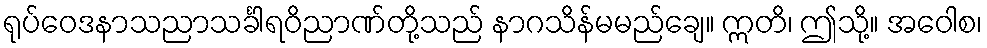
ရုပ်ဝေဒနာသညာသင်္ခါရဝိညာဏ်တို့သည် နာဂသိန်မမည်ချေ။ ဣတိ၊ ဤသို့။ အဝေါစ၊